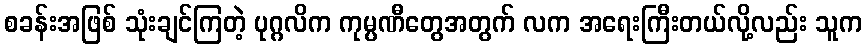
စခန်းအဖြစ် သုံးချင်ကြတဲ့ ပုဂ္ဂလိက ကုမ္ပဏီတွေအတွက် လက အရေးကြီးတယ်လို့လည်း သူက